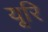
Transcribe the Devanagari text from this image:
यूरि